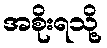
အစိုးရသို့